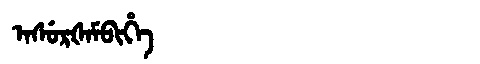
Manchu: ᠠᠰᡠᡵᡧᠠᠮᠪᡳᡥᡝ
Romanization: ASURŠAMBIHE